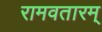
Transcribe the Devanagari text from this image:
रामवतारम्‌